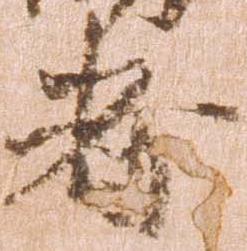
者